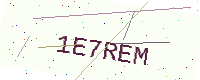
Text: 1E7REM